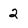
Character: 2